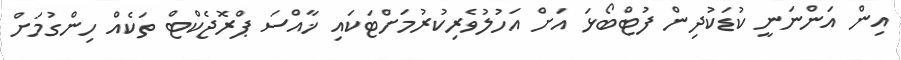
އިން އަންނަނީ ކުޑަކުދިން ފުޓްބޯޅަ އަށް އަހުލުވެރިކުރުމަށްޓަކައި ޚާއްސަ ޕްރޮޖެކްޓް ތަކެއް ހިންގުމަށް